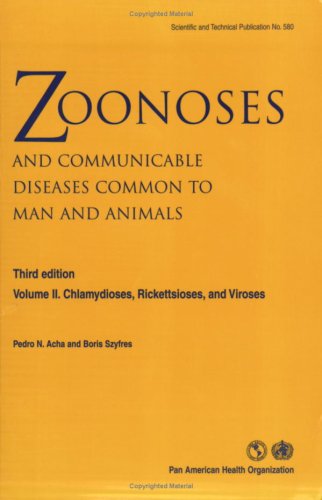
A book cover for Zoonoses and Communicable Diseases Common to Man and Animals, Vol. II: Chlamydioses, Rickettsioses, and Viroses, Third Edition (Scientific and Technical Publication); Pan American Health Organization; Medical Books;